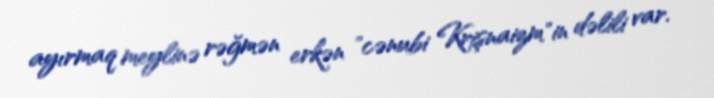
ayırmaq meylinə rəğmən erkən "cənubi Krişnaizm"in dəlili var.